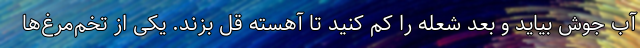
آب جوش بیاید و بعد شعله را کم کنید تا آهسته قل بزند. یکی از تخم‌مرغ‌ها